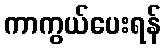
ကာကွယ်ပေးရန်